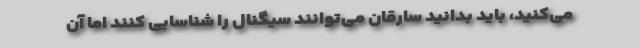
می‌کنید، باید بدانید سارقان می‌توانند سیگنال را شناسایی کنند اما آن